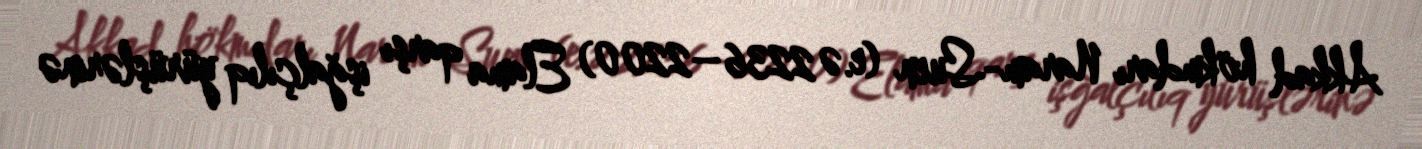
Akkad hökmdarı Naram-Suen (e.ə 2236–2200) Elama qarşı işğalçılıq yürüşlərinə